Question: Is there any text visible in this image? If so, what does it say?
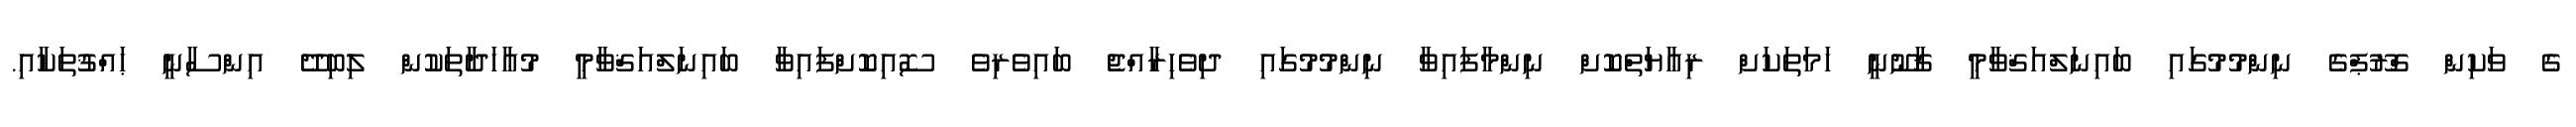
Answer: ގެ ވަކިން ގްރޫޕްގެ ނިންމުމުގައި ބައިނަލްއަޤްވާމީ ޤާނޫނީ ހަމަތަކަށް ރިޢާޔަތްކޮށް ނިންމާފައިވާ ނިންމުމުގައި ދިވެހިރާއްޖެ ބައިވެރިވެ ސޮއިކޮށްފައިވާ ބައިނަލްއަޤްވާމީ މުޢާހަދާތަކުން ލިބިދޭ އިންސާނީ ޙައްޤުތަކާއި.